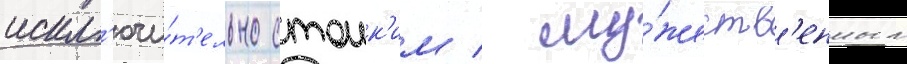
искл'ючи́т'ельно стоик'им / му́жеств'енным